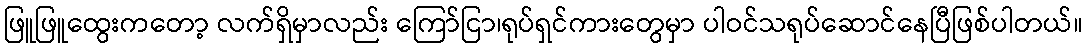
ဖြူဖြူထွေးကတော့ လက်ရှိမှာလည်း ကြော်ငြာ၊ရုပ်ရှင်ကားတွေမှာ ပါဝင်သရုပ်ဆောင်နေပြီဖြစ်ပါတယ်။